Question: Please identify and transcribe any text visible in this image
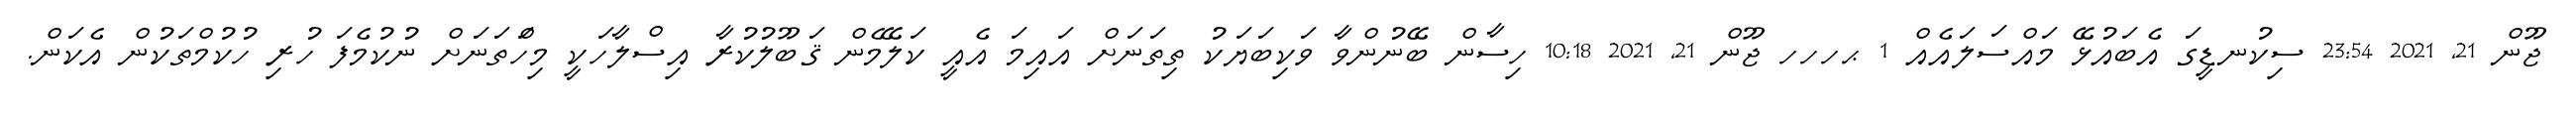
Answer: ޖޫން 21, 2021 23:54 ސިކުނޑީގަ އެބައުޅޭ މައްސަލައެއް 1 ޙހހހ ޖޫން 21, 2021 10:18 ހިސާން ބޭނުންވާ ވަކިބަޔަކު ތިތަނަށް އައިމަ އެއީ ކަލޭމެން ޤަބޫލުކުރާ އިސްލާހަކީ މިހަްތަނަށް ނުކުމެފަ ހުރި ހުކުމްތަކުން އެކަން.